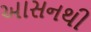
આસનથી